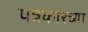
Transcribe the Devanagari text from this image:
पत्रकारच्या